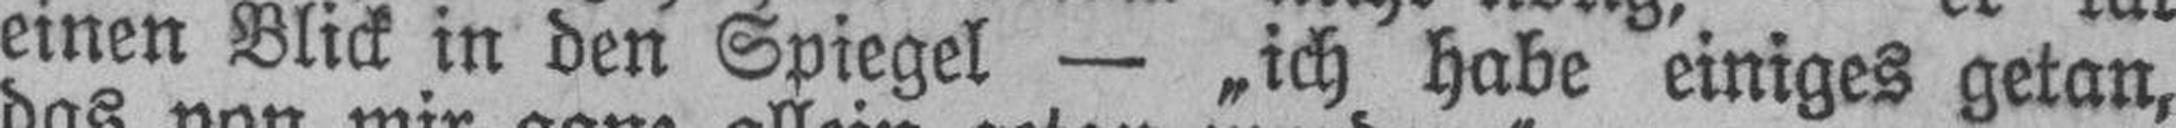
einen Blick in den Spiegel — „ich habe einiges getan,